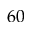
6 0